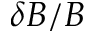
\delta B / B